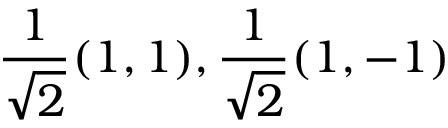
{ \frac { 1 } { \sqrt { 2 } } } ( 1 , 1 ) , { \frac { 1 } { \sqrt { 2 } } } ( 1 , - 1 )